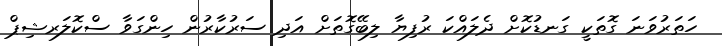
ހަތަރުވަނަ ގޮތަކީ ގަނޑުކޮށް ދެލައްކަ ރުފިޔާ ލިބޭގޮތަށް އަދި ސަރުކާރުން ހިންގަވާ ސްކޮލަރޝިޕް